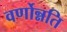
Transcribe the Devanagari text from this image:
वर्णोन्नति